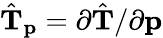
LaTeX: \hat{\mathbf{T}}_{\mathbf{p}}=\partial\hat{\mathbf{T}}/\partial{\mathbf{p}}